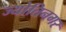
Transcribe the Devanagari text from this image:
ज्योतिनगर